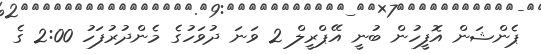
ޕެންޝަން އޮފީހުން ބުނީ އޭޕްރީލް 2 ވަނަ ދުވަހުގެ މެންދުރުފަހު 2:00 ގެ